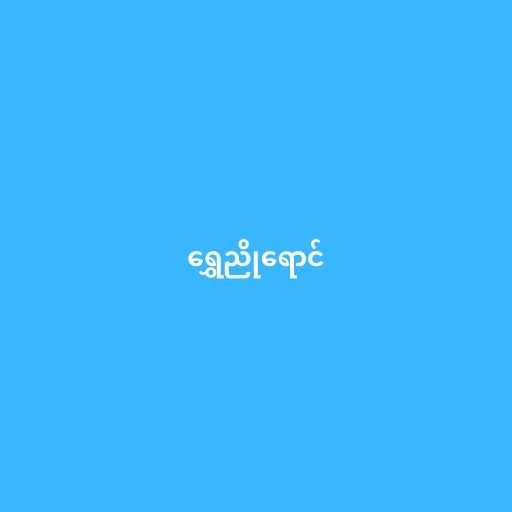
ရွှေညိုရောင်